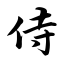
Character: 侍